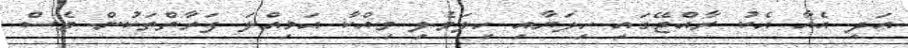
އަދި އެއާ އެކު ރާއްޖޭގައި ހިލަޔާއި ހިލަވެލި ވިއްކާ އަމިއްލަ ފަރާތްތަކުން ވެސް